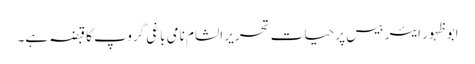
ابو ظہور ایئر بیس پر حیات تحریر الشام نامی باغی گروپ کا قبضہ ہے۔